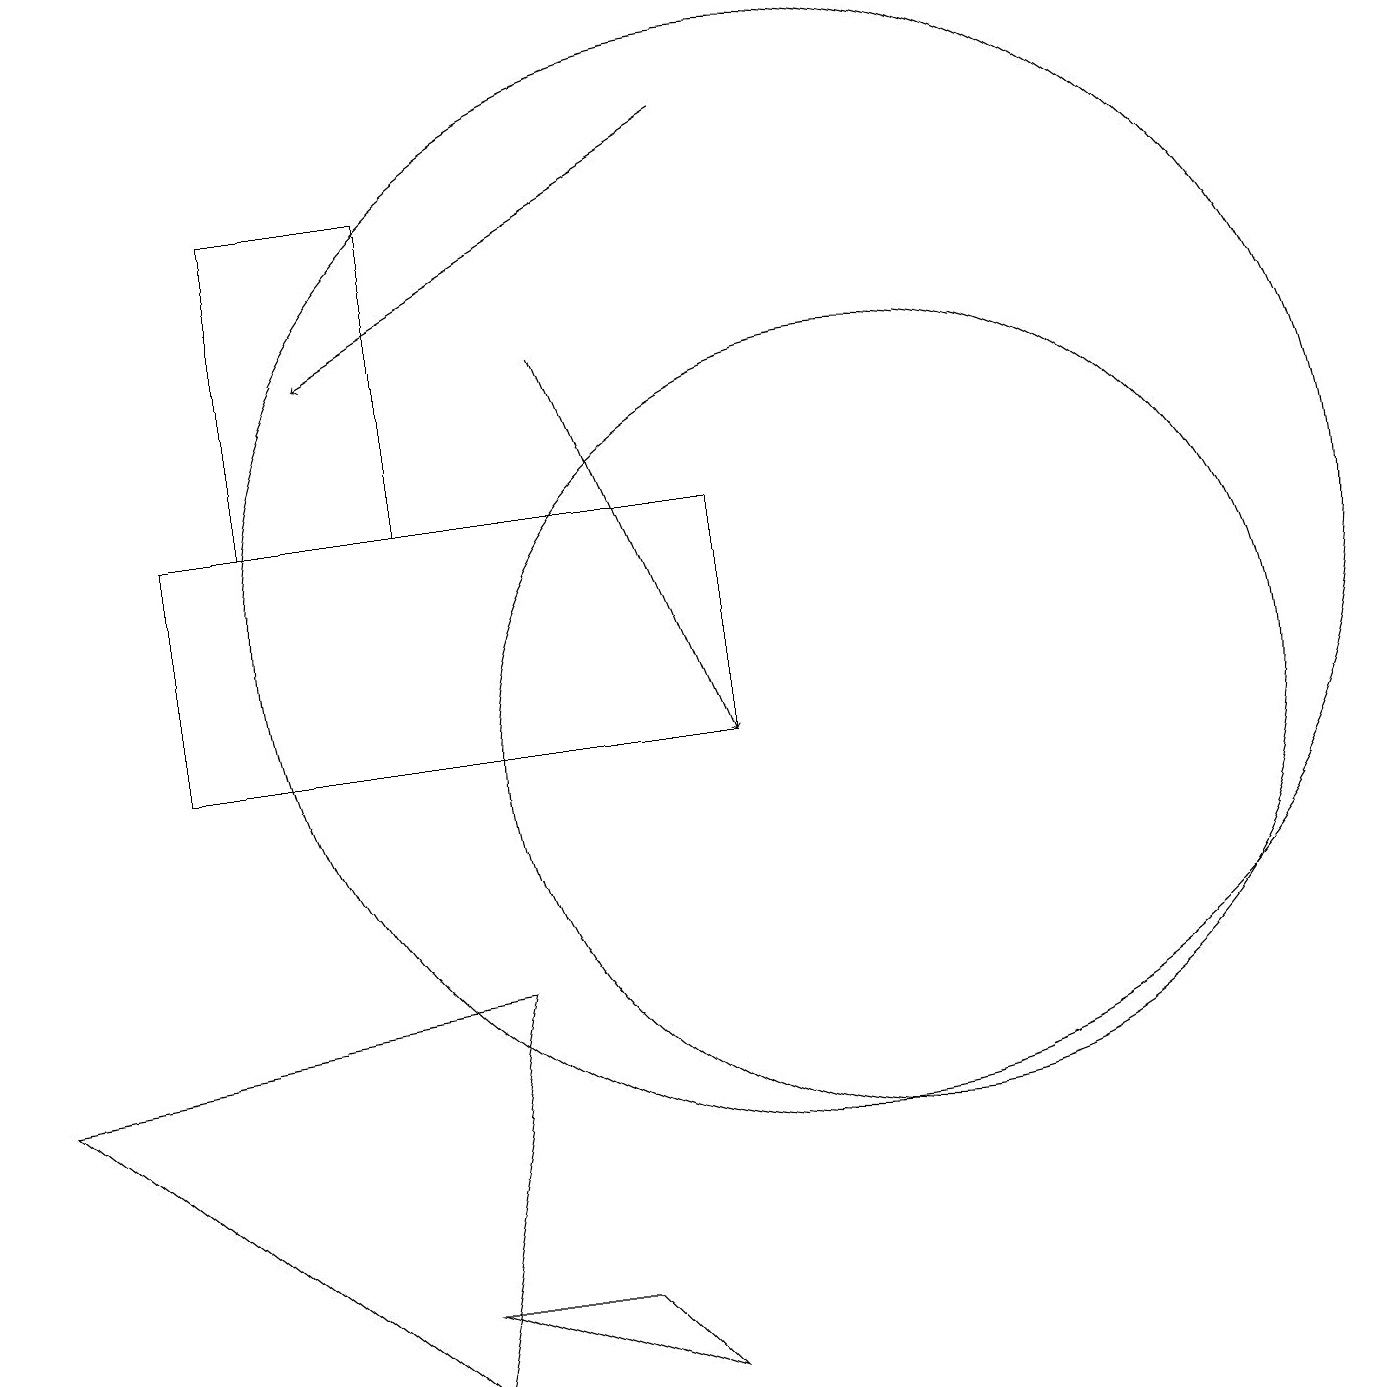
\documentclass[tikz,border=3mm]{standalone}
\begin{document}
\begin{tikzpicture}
\draw[->] (9,18) -- (4,15);
\draw (5,3) -- (8,2) -- (7,3) -- cycle;
\draw (11,10) circle (5);
\draw (5,2) -- (0,6) -- (6,7) -- cycle;
\draw (9,13) rectangle (2,10);
\draw (10,12) circle (7);
\draw[->] (7,15) -- (9,10);
\draw (5,17) rectangle (3,13);
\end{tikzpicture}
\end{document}